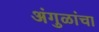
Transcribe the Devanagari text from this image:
अंगुळांचा